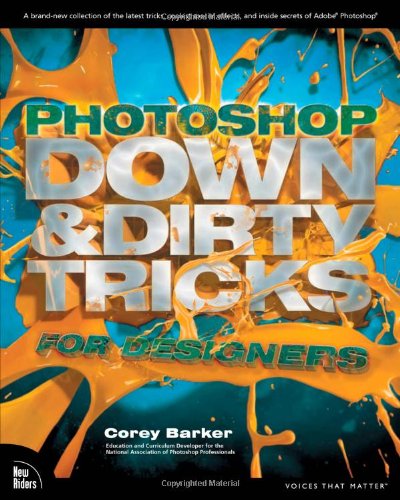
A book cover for Photoshop Down & Dirty Tricks for Designers; Corey Barker; Computers & Technology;